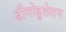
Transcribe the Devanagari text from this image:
डीमोडुलेशन